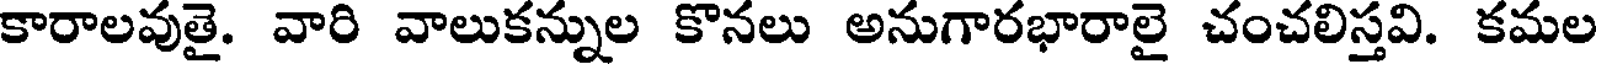
కారాలవుతై. వారి వాలుకన్నుల కొనలు అనుగారభారాలై చంచలిస్తవి. కమల